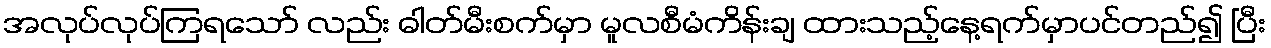
အလုပ်လုပ်ကြရသော် လည်း ဓါတ်မီးစက်မှာ မူလစီမံကိန်းချ ထားသည့်နေ့ရက်မှာပင်တည်၍ ပြီး